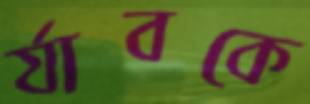
র‍্যাবকে